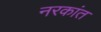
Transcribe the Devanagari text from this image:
नरकांत